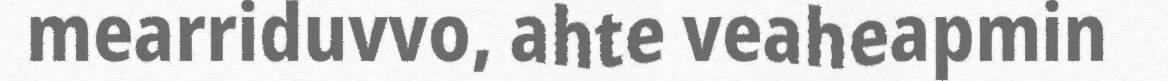
mearriduvvo, ahte veaheapmin